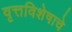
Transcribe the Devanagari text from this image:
वृत्तविशेषाचे